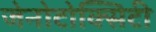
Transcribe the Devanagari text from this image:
जेनोटोक्सिटी